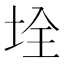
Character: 𡋄